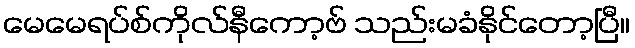
မေမေရပ်စ်ကိုလ်နီကော့ဗ် သည်းမခံနိုင်တော့ပြီ။